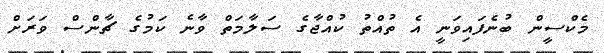
މެކްސީން ބުނެފައިވަނީ އެ ތުއްތު ކުއްޖާގެ ސަލާމަތް ވާނެ ކަމުގެ ޗާންސް ވަރަށް